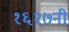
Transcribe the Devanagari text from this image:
१६२७नी